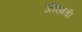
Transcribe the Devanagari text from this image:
जीएमची